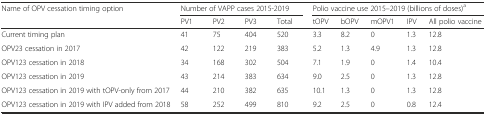
| <ROWSPAN=2> Name of OPV cessation timing option | <COLSPAN=4> Number of VAPP cases 2015-2019 | <COLSPAN=5> Polio vaccine use 2015–2019 (billions of doses)a |
 | PV1 | PV2 | PV3 | Total | tOPV | bOPV | mOPV1 | IPV | All polio vaccine |
 | --- | --- | --- | --- | --- | --- | --- | --- | --- | --- |
 | Current timing plan | 41 | 75 | 404 | 520 | 3.3 | 8.2 | 0 | 1.3 | 12.8 |
 | OPV23 cessation in 2017 | 42 | 122 | 219 | 383 | 5.2 | 1.3 | 4.9 | 1.3 | 12.8 |
 | OPV123 cessation in 2018 | 34 | 168 | 302 | 504 | 7.1 | 1.9 | 0 | 1.4 | 10.4 |
 | OPV123 cessation in 2019 | 43 | 214 | 383 | 634 | 9.0 | 2.5 | 0 | 1.3 | 12.8 |
 | OPV123 cessation in 2019 with tOPV-only from 2017 | 44 | 210 | 382 | 635 | 10.1 | 1.3 | 0 | 1.3 | 12.8 |
 | OPV123 cessation in 2019 with IPV added from 2018 | 58 | 252 | 499 | 810 | 9.2 | 2.5 | 0 | 0.8 | 12.4 |